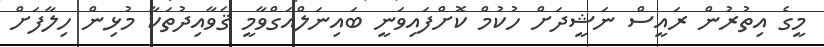
މީގެ އިތުރުން ރައީސް ނަޝީދަށް ހުކުމް ކޮށްފައިވަނީ ބައިނަލްއަގްވާމީ ޤަވާއިދުތަކާ މުޅިން ހިލާފަށް